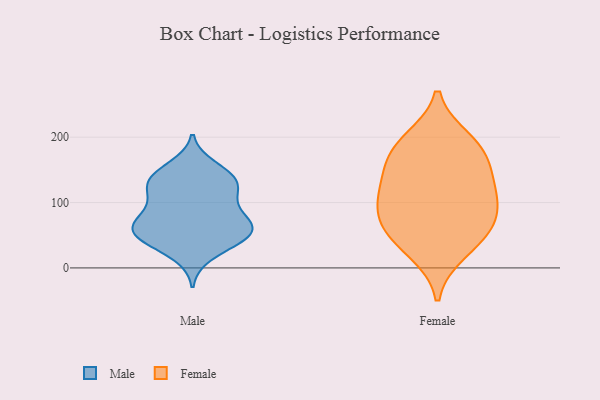
{"axis": {"x": "LTV (USD)", "y": "Value"}, "legend": ["Female", "Male"], "data": [{"x": "", "y": 137, "type": "Male"}, {"x": "", "y": 128, "type": "Male"}, {"x": "", "y": 101, "type": "Male"}, {"x": "", "y": 58, "type": "Male"}, {"x": "", "y": 52, "type": "Male"}, {"x": "", "y": 68, "type": "Male"}, {"x": "", "y": 114, "type": "Male"}, {"x": "", "y": 49, "type": "Male"}, {"x": "", "y": 76, "type": "Male"}, {"x": "", "y": 39, "type": "Male"}, {"x": "", "y": 48, "type": "Male"}, {"x": "", "y": 52, "type": "Male"}, {"x": "", "y": 83, "type": "Male"}, {"x": "", "y": 144, "type": "Male"}, {"x": "", "y": 155, "type": "Male"}, {"x": "", "y": 135, "type": "Male"}, {"x": "", "y": 71, "type": "Male"}, {"x": "", "y": 120, "type": "Male"}, {"x": "", "y": 19, "type": "Male"}, {"x": "", "y": 147, "type": "Female"}, {"x": "", "y": 55, "type": "Female"}, {"x": "", "y": 195, "type": "Female"}, {"x": "", "y": 116, "type": "Female"}, {"x": "", "y": 183, "type": "Female"}, {"x": "", "y": 54, "type": "Female"}, {"x": "", "y": 172, "type": "Female"}, {"x": "", "y": 78, "type": "Female"}, {"x": "", "y": 117, "type": "Female"}, {"x": "", "y": 25, "type": "Female"}, {"x": "", "y": 94, "type": "Female"}]}